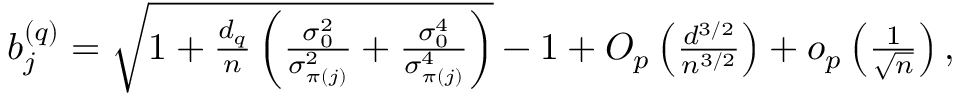
\begin{array} { r } { b _ { j } ^ { ( q ) } = \sqrt { 1 + \frac { d _ { q } } { n } \left( \frac { \sigma _ { 0 } ^ { 2 } } { \sigma _ { \pi ( j ) } ^ { 2 } } + \frac { \sigma _ { 0 } ^ { 4 } } { \sigma _ { \pi ( j ) } ^ { 4 } } \right) } - 1 + O _ { p } \left( \frac { d ^ { 3 / 2 } } { n ^ { 3 / 2 } } \right) + o _ { p } \left( \frac { 1 } { \sqrt { n } } \right) , } \end{array}